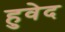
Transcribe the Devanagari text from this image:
हुवेद